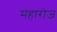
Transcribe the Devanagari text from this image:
महारोज